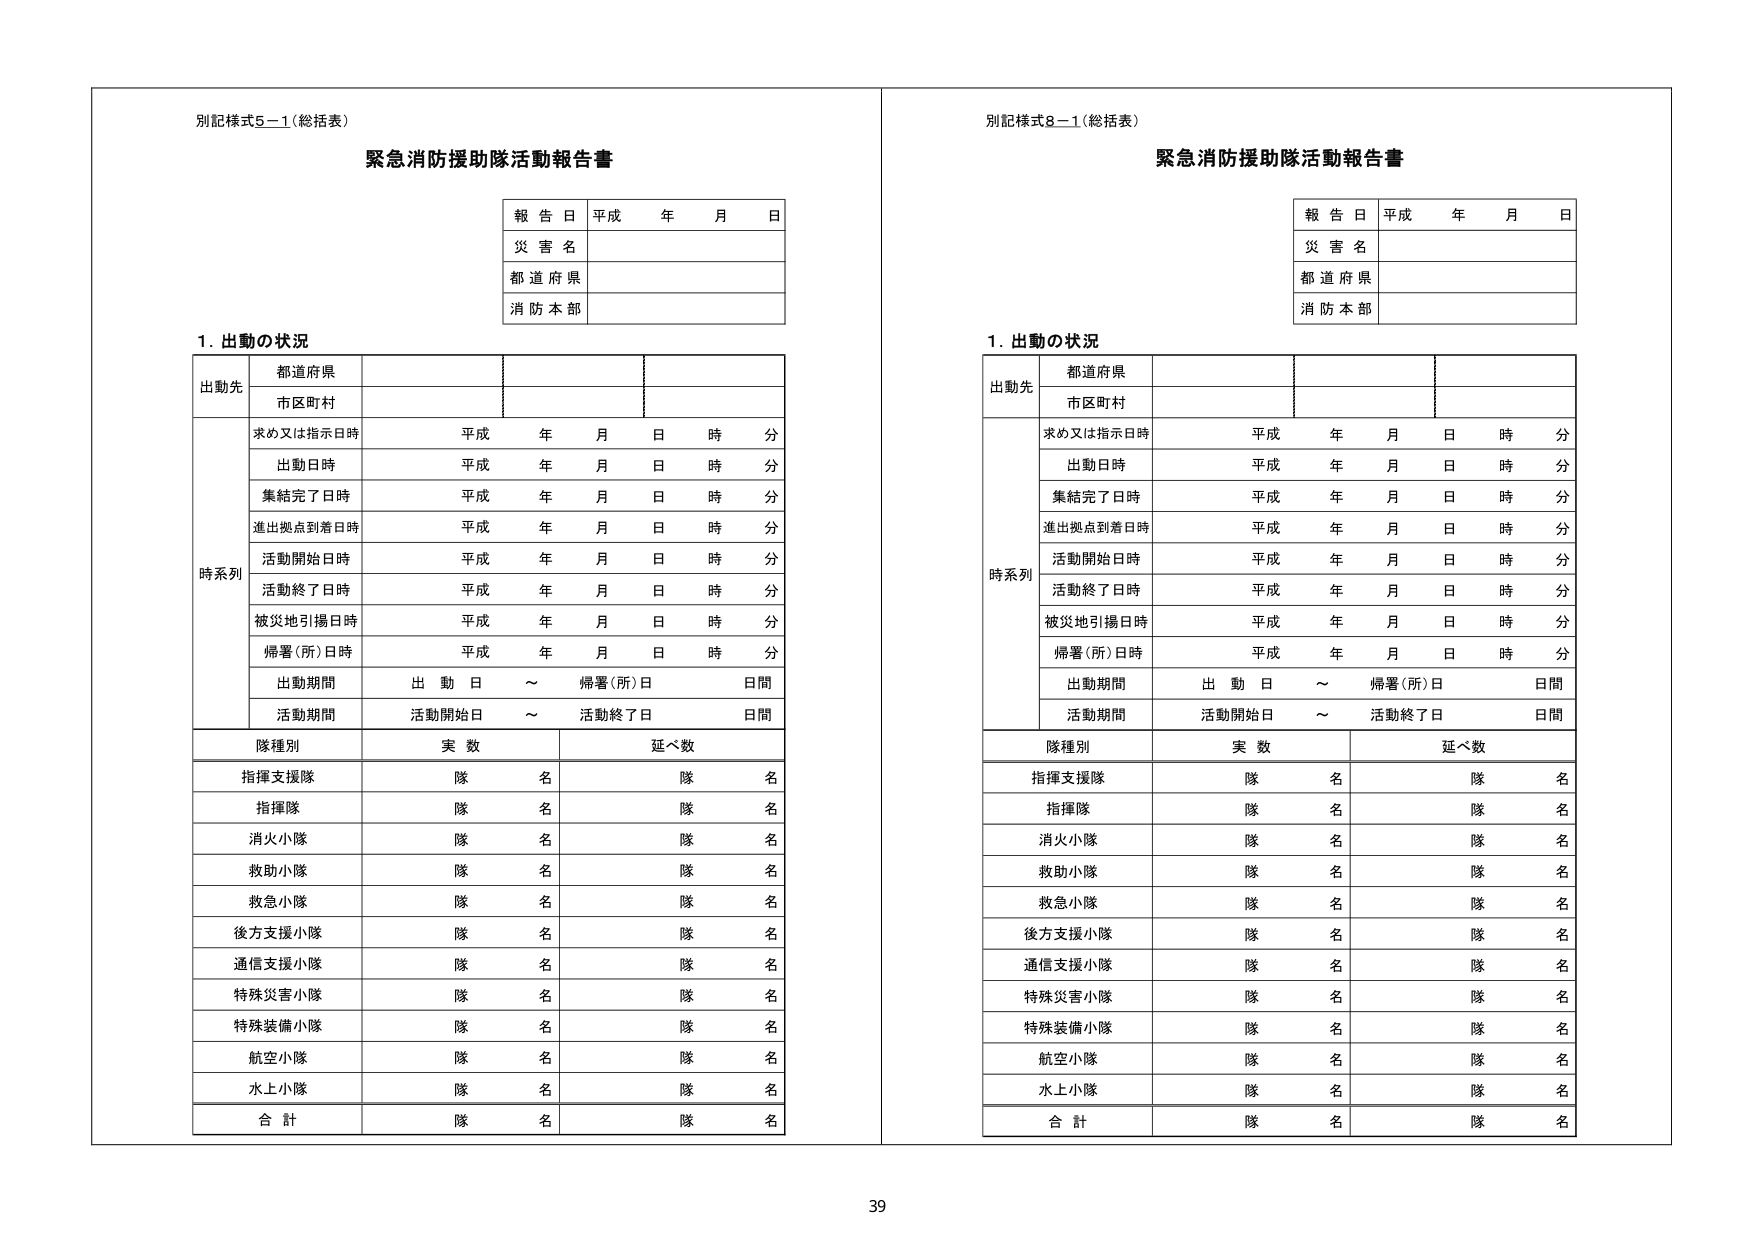
別記様式5－1（総括表）
緊急消防援助隊活動報告書

報告日 平成 年 月 日
災害名
都道府県
消防本部

1. 出動の状況

出動先
都道府県
市区町村

時系列
求め又は指示日時 平成 年 月 日 時 分
出動日時 平成 年 月 日 時 分
集結完了日時 平成 年 月 日 時 分
進出拠点到着日時 平成 年 月 日 時 分
活動開始日時 平成 年 月 日 時 分
活動終了日時 平成 年 月 日 時 分
被災地引揚日時 平成 年 月 日 時 分
帰署（所）日時 平成 年 月 日 時 分
出動期間 出動日 ～ 帰署（所）日 日間
活動期間 活動開始日 ～ 活動終了日 日間

隊種別 実数 延べ数
指揮支援隊 隊 名 隊 名
指揮隊 隊 名 隊 名
消火小隊 隊 名 隊 名
救助小隊 隊 名 隊 名
救急小隊 隊 名 隊 名
後方支援小隊 隊 名 隊 名
通信支援小隊 隊 名 隊 名
特殊災害小隊 隊 名 隊 名
特殊装備小隊 隊 名 隊 名
航空小隊 隊 名 隊 名
水上小隊 隊 名 隊 名
合計 隊 名 隊 名

別記様式8－1（総括表）
緊急消防援助隊活動報告書

報告日 平成 年 月 日
災害名
都道府県
消防本部

1. 出動の状況

出動先
都道府県
市区町村

時系列
求め又は指示日時 平成 年 月 日 時 分
出動日時 平成 年 月 日 時 分
集結完了日時 平成 年 月 日 時 分
進出拠点到着日時 平成 年 月 日 時 分
活動開始日時 平成 年 月 日 時 分
活動終了日時 平成 年 月 日 時 分
被災地引揚日時 平成 年 月 日 時 分
帰署（所）日時 平成 年 月 日 時 分
出動期間 出動日 ～ 帰署（所）日 日間
活動期間 活動開始日 ～ 活動終了日 日間

隊種別 実数 延べ数
指揮支援隊 隊 名 隊 名
指揮隊 隊 名 隊 名
消火小隊 隊 名 隊 名
救助小隊 隊 名 隊 名
救急小隊 隊 名 隊 名
後方支援小隊 隊 名 隊 名
通信支援小隊 隊 名 隊 名
特殊災害小隊 隊 名 隊 名
特殊装備小隊 隊 名 隊 名
航空小隊 隊 名 隊 名
水上小隊 隊 名 隊 名
合計 隊 名 隊 名

39